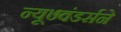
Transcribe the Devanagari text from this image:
न्यू७वंडर्सने